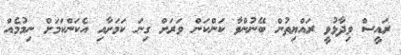
ރައީސް ވިދާޅުވީ ރައްޔިތުން ބޭނުންވާ ކަންކަން ވަރަށް ގިނަ ކަމަށާއި އެކަންކަމަށް ނިމުމެއް